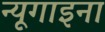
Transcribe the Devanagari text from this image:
न्यूगाइना